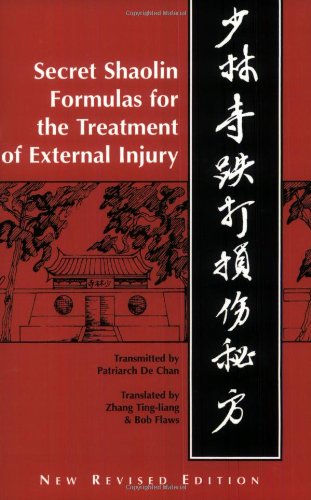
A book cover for Shaolin Secret Formulas for the Treatment of External Injury; Monk De Qian; Health, Fitness & Dieting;